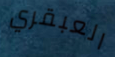
العبقري